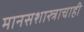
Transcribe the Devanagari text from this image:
मानसशास्त्राचाही